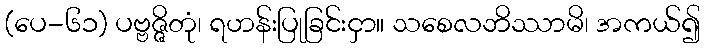
(ပေ-၆၁) ပဗ္ဗဇ္ဇိတုံ၊ ရဟန်းပြုခြင်းငှာ။ သစေလဘိဿာမိ၊ အကယ်၍